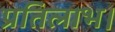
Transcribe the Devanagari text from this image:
प्रतिलाभ।